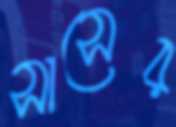
সাসের